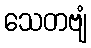
သေတဗျံ